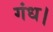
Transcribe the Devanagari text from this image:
गंध।